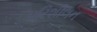
પરિશીલન